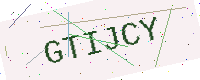
Text: GTIJCY